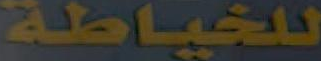
للخياطة